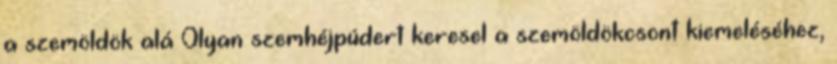
a szemöldök alá Olyan szemhéjpúdert keresel a szemöldökcsont kiemeléséhez,